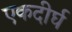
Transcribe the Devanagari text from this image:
एकदीर्घ